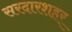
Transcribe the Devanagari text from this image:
सरदारशहर्